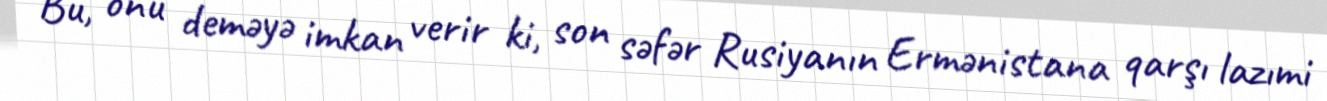
Bu, onu deməyə imkan verir ki, son səfər Rusiyanın Ermənistana qarşı lazımi